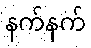
နက်နက်